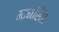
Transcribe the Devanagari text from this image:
मानसिंहः